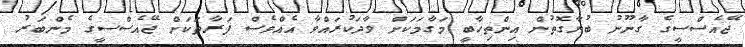
ޖޭއެސްސީގެ ގާނޫނު ބުނާގޮތުން އިންތިހާބީ މަގާމަކަށް ވާދަކުރައްވާ އެއްވެސް ފަރާތަކަށް ޖޭއެސްސީގެ މެންބަރު